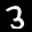
Label: 3